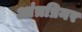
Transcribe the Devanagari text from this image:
आंत्रप्रिनर